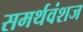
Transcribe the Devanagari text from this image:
समर्थवंशज